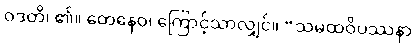
ဝဒတိ၊ ၏။ တေနေဝ၊ ကြောင့်သာလျှင်။ “သမထဝိပဿနာ